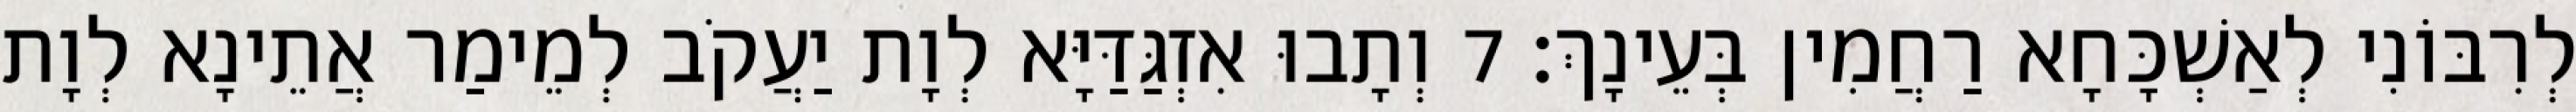
לְרִבּוֹנִי לְאַשְׁכָּחָא רַחֲמִין בְּעֵינָךְ׃ 7 וְתָבוּ אִזְגַּדַּיָּא לְוָת יַעֲקֹב לְמֵימַר אֲתֵינָא לְוָת